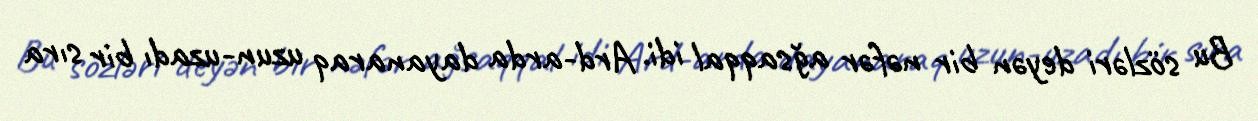
Bu sözləri deyən bir nəfər ağsaqqal idi. Ard-arda dayanaraq uzun-uzadı bir sıra